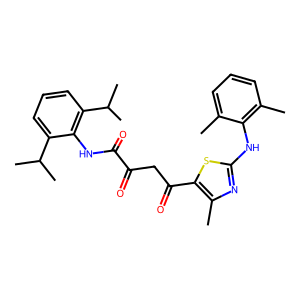
SMILES: Cc1cccc(C)c1Nc1nc(C)c(C(=O)CC(=O)C(=O)Nc2c(C(C)C)cccc2C(C)C)s1
Inhibits HIV replication: No